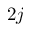
2 j